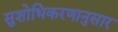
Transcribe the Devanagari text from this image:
सुशोभिकरणानुसार